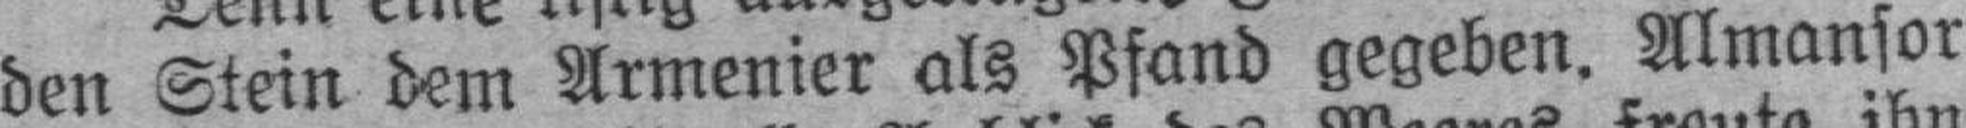
den Stein dem Armenier als Pfand gegeben. Almansor